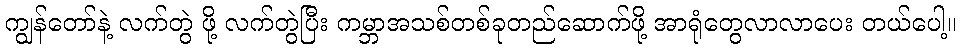
ကျွန်တော်နဲ့ လက်တွဲ ဖို့ လက်တွဲပြီး ကမ္ဘာအသစ်တစ်ခုတည်ဆောက်ဖို့ အာရုံတွေလာလာပေး တယ်ပေါ့။